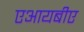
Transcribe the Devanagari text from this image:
एआयबीए